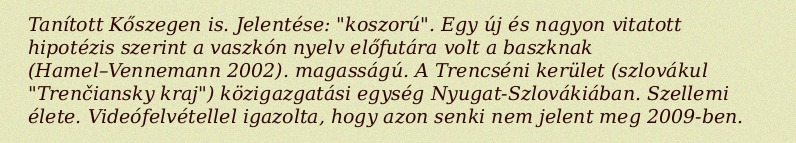
Tanított Kőszegen is. Jelentése: "koszorú". Egy új és nagyon vitatott hipotézis szerint a vaszkón nyelv előfutára volt a baszknak (Hamel–Vennemann 2002). magasságú. A Trencséni kerület (szlovákul "Trenčiansky kraj") közigazgatási egység Nyugat-Szlovákiában. Szellemi élete. Videófelvétellel igazolta, hogy azon senki nem jelent meg 2009-ben.